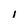
Character: i